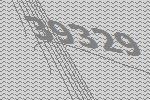
39329